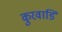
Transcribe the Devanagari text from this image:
कुरवाडि